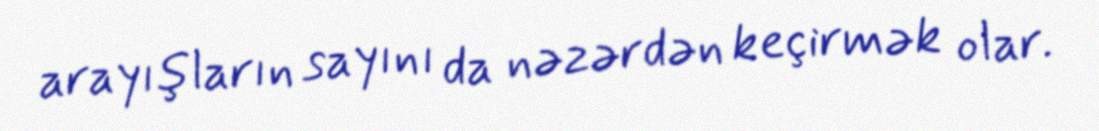
arayışların sayını da nəzərdən keçirmək olar.